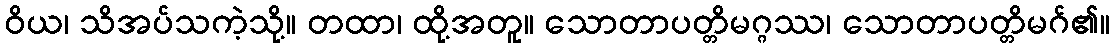
ဝိယ၊ သိအပ်သကဲ့သို့။ တထာ၊ ထို့အတူ။ သောတာပတ္တိမဂ္ဂဿ၊ သောတာပတ္တိမဂ်၏။